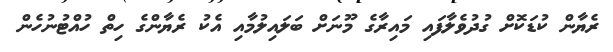
ރެޔާން ކުޑަކޮށް ގުދުވެލާފައި މައިރާގެ މޫނަށް ބަލައިލުމާއި އެކު ރެޔާންގެ ހިތް ހުއްޓުނުހެން